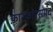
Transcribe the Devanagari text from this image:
फ़ास्फ़ोरसप्रद